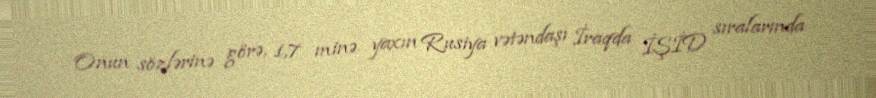
Onun sözlərinə görə, 1,7 minə yaxın Rusiya vətəndaşı İraqda İŞİD sıralarında